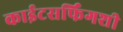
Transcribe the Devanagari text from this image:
काईटसर्फिंगशी